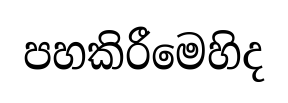
පහකිරීමෙහිද